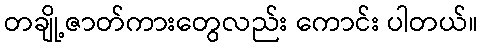
တချို့ဇာတ်ကားတွေလည်း ကောင်း ပါတယ်။